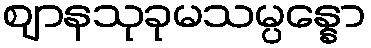
ဈာနသုခုမသမ္ပန္နော